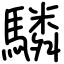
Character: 驎